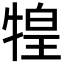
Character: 𤚝